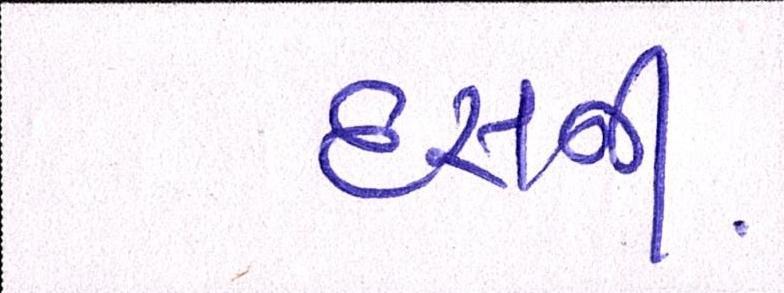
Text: દસની